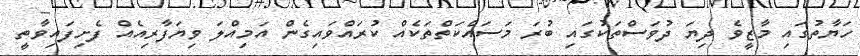
ހަޔާތުގައި މާޒީވެ ދިޔަ ދުވަސްތަކުގައި ބުރަ މަސައްކަތްތަކެއް ކުރައްވައިގެން އަމިއްލަ ވިޔަފާރިއެއް ފެށިފައިވާތީ